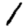
Digit: 1